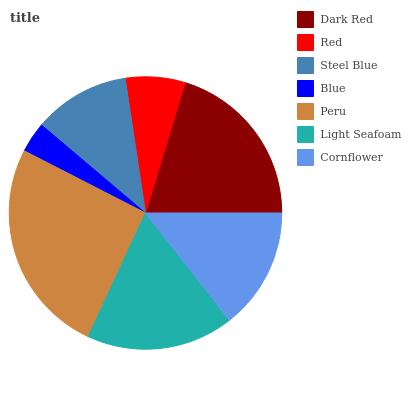
| Dark Red | Red | Steel Blue | Blue | Peru | Light Seafoam | Cornflower |
 | --- | --- | --- | --- | --- | --- | --- |
 | 20.4% | 7.08% | 11.4% | 3.63% | 25.6% | 17.5% | 14.4% |